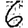
Digit: 6